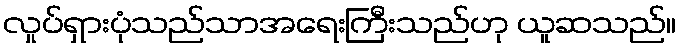
လှုပ်ရှားပုံသည်သာအရေးကြီးသည်ဟု ယူဆသည်။